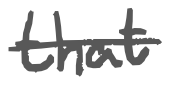
Text: that
Cross-out: single-line
Writing tool: digital_gray